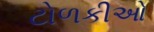
ટોળકીઓ